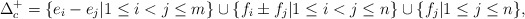
\begin{align*} \Delta _c ^+ =\{ e_i-e_j | 1 \leq i < j \leq m \} \cup \{ f_i \pm f_j | 1 \leq i < j \leq n \} \cup \{ f_j | 1 \leq j \leq n \},\end{align*}